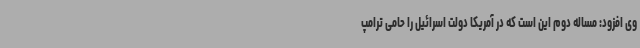
وی افزود: مساله دوم این است که در آمریکا دولت اسرائیل را حامی ترامپ